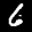
Label: 6